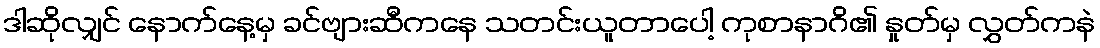
ဒါဆိုလျှင် နောက်နေ့မှ ခင်ဗျားဆီကနေ သတင်းယူတာပေါ့ ကုစာနာဂိ၏ နှုတ်မှ လွှတ်ကနဲ